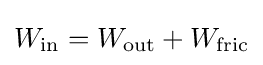
W_{\text{in}}=W_{\text{out}}+W_{\text{fric}}